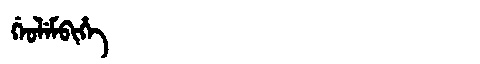
Manchu: ᡤᡝᠣᠯᡝᠮᠪᡳᡥᡝ
Romanization: GEOLEMBIHE